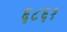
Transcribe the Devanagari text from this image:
६८६१